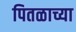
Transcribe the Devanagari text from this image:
पितळाच्या